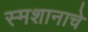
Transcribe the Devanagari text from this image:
स्मशानाचे